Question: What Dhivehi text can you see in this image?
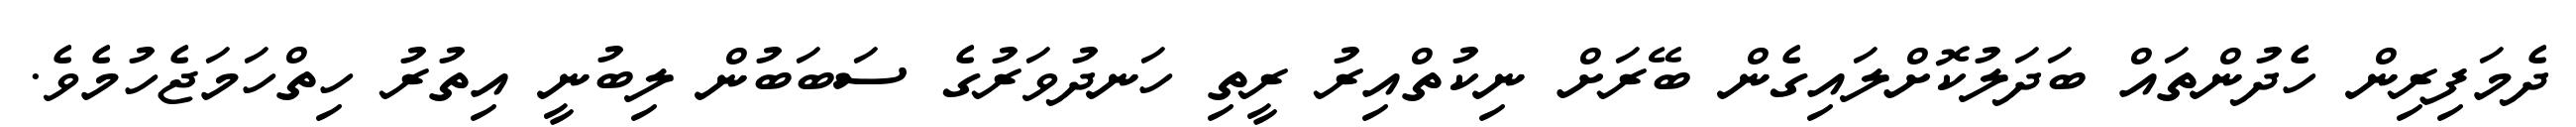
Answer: ދެމަފިރިން ހެދުންތައް ބަދަލުކޮށްލައިގެން ބޭރަށް ނިކުތްއިރު ރީތި ހަނދުވަރުގެ ސަބަބުން ލިބުނީ އިތުރު ހިތްހަމަޖެހުމެވެ.